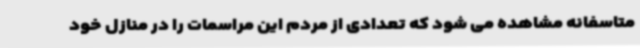
متاسفانه مشاهده می شود که تعدادی از مردم این مراسمات را در منازل خود